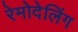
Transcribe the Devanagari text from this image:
रेमोदेलिंग